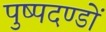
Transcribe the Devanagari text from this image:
पुष्पदण्डों